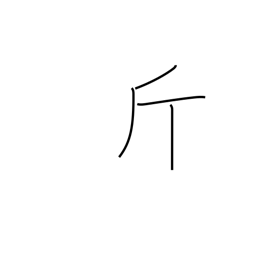
Meaning: catty